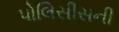
પોલિસીસની